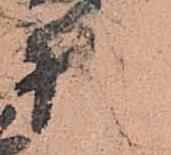
様